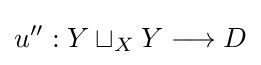
u'':Y\sqcup _{X}Y\longrightarrow D